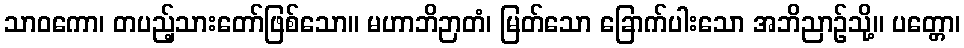
သာဝကော၊ တပည့်သားတော်ဖြစ်သော။ မဟာဘိဉာတံ၊ မြတ်သော ခြောက်ပါးသော အဘိညာဉ်သို့။ ပတ္တော၊